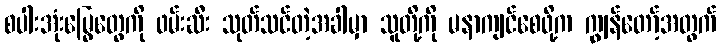
စပါးအုံးမြွေတွေကို ဖမ်းဆီး သုတ်သင်တဲ့အခါမှာ သူတို့ကို မနာကျင်စေဖို့က ကျွန်တော့်အတွက်